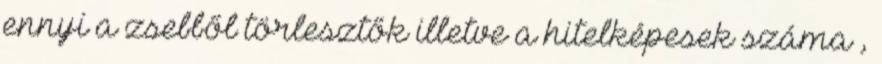
ennyi a zsebből törlesztők illetve a hitelképesek száma ,